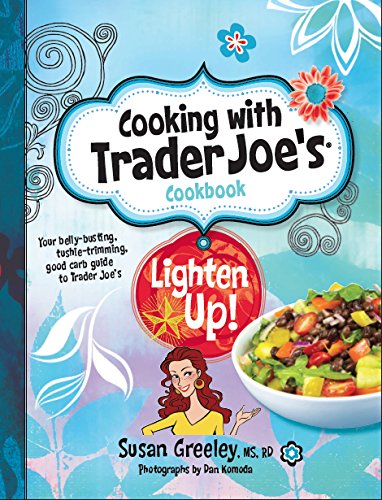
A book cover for Cooking with Trader Joe's Cookbook: Lighten Up!; Susan Greeley; Cookbooks, Food & Wine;